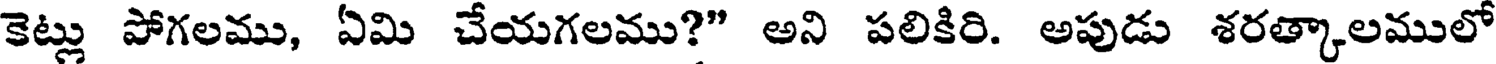
కెట్లు పోగలము, ఏమి చేయగలము?" అని పలికిరి. అపుడు శరత్కాలములో